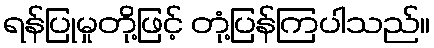
ရန်ပြုမှုတို့ဖြင့် တုံ့ပြန်ကြပါသည်။